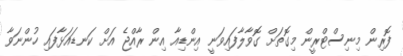
ފޮރިން މިނިސްޓްރީން މިގޮތަށް ގޮވާލާފައިވަނީ އިންޑިއާ އިން ރާއްޖެ އަށް ކަނޑައަޅާފައި ހުންނަވާ